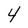
Character: 4